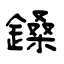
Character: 鎟